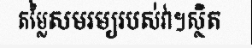
តម្លៃសមរម្យរបស់វា។ស្ថិត